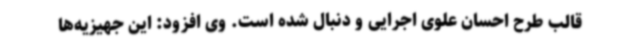
قالب طرح احسان علوی اجرایی و دنبال شده است. وی افزود: این جهیزیه‌ها